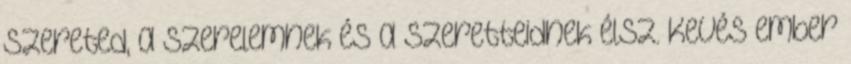
szereted, a szerelemnek és a szeretteidnek élsz. Kevés ember